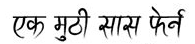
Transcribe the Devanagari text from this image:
एक मुठी सास फेर्न